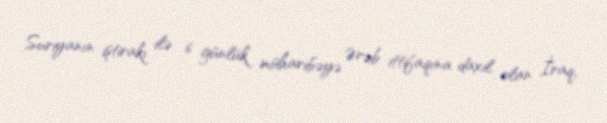
Suriyanın iştirakı ilə 6 günlük müharibəyə Ərəb ittifaqına daxil olan İraq,